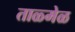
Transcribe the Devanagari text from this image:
ताळ्मेळ